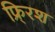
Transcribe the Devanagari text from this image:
फ्र्रिश